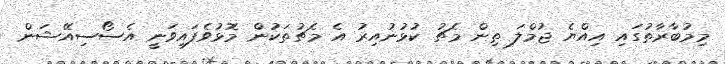
މިމުބާރާތުގައި އިއްޔެ ޖުމްލަ ތިން މެޗު ކުޅުނުއިރު އެ މެޗުތަކުން މޮޅުވެފައިވަނީ އެސޯސިއޭޝަން